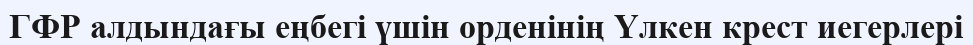
ГФР алдындағы еңбегі үшін орденінің Үлкен крест иегерлері